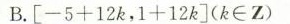
B.$$[ - 5 + 1 2 k ， 1 + 1 2 k ]$$( k \in Z )